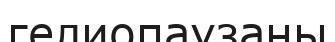
гелиопаузаны